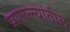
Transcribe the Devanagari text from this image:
प्रणाल्यांतील